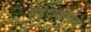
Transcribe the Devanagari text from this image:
सहृदयसंवेद्य